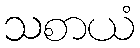
သစာယံ